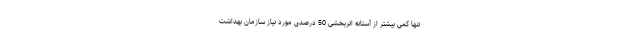
تنها کمی بیشتر از آستانه اثربخشی 50 درصدی مورد نیاز سازمان بهداشت